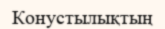
Конустылықтың